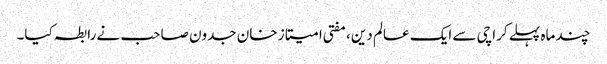
چند ماہ پہلے کراچی سے ایک عالم دین، مفتی امیتاز خان جدون صاحب نے رابطہ کیا۔